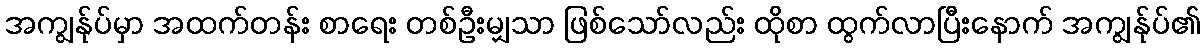
အကျွန်ုပ်မှာ အထက်တန်း စာရေး တစ်ဦးမျှသာ ဖြစ်သော်လည်း ထိုစာ ထွက်လာပြီးနောက် အကျွန်ုပ်၏